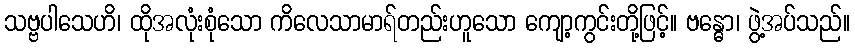
သဗ္ဗပါသေဟိ၊ ထိုအလုံးစုံသော ကိလေသာမာရ်တည်းဟူသော ကျော့ကွင်းတို့ဖြင့်။ ဗန္ဓော၊ ဖွဲ့အပ်သည်။